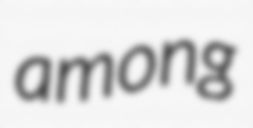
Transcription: among